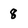
Character: 8